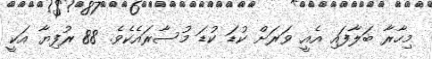
މިހާރާ ބަލާފައި އެއީ ވަރަށް ކުޑަ ކުޑަ މުސާރައެކެވެ. 88 ރުފިޔާ އަކީ